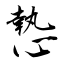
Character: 慹